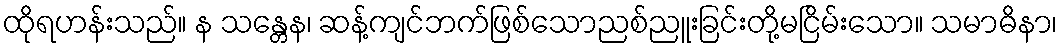
ထိုရဟန်းသည်။ န သန္တေန၊ ဆန့်ကျင်ဘက်ဖြစ်သောညစ်ညူးခြင်းတို့မငြိမ်းသော။ သမာဓိနာ၊